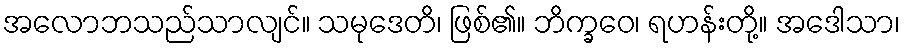
အလောဘသည်သာလျင်။ သမုဒေတိ၊ ဖြစ်၏။ ဘိက္ခဝေ၊ ရဟန်းတို့။ အဒေါသာ၊